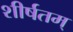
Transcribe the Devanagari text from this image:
शीर्षतम्